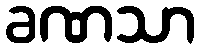
ခဏသာ